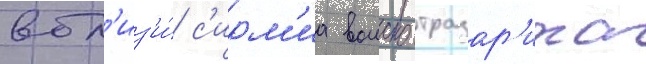
вбл'из'и́ с'ирм'иа воиско тразар'иха